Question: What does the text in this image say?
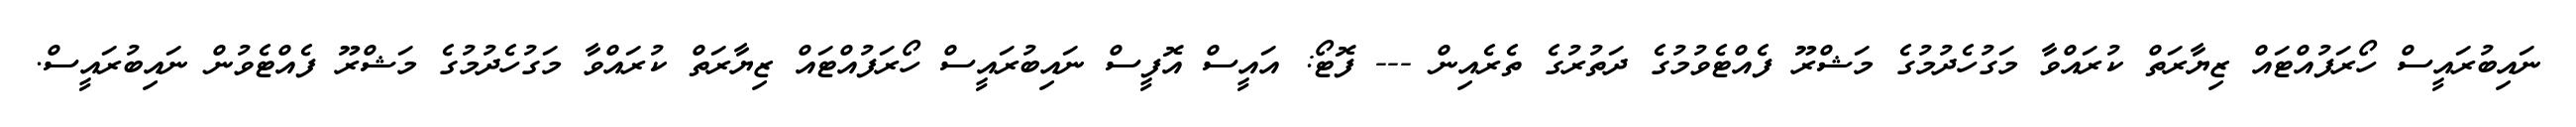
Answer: ނައިބުރައީސް ހޯރަފުއްޓައް ޒިޔާރަތް ކުރައްވާ މަގުހެދުމުގެ މަޝްރޫ ފެއްޓެވުމުގެ ދަތުރުގެ ތެރެއިން --- ފޮޓޯ: އައީސް އޮފީސް ނައިބުރައީސް ހޯރަފުއްޓައް ޒިޔާރަތް ކުރައްވާ މަގުހެދުމުގެ މަޝްރޫ ފެއްޓެވުން ނައިބުރައީސް.